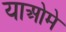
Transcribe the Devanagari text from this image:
याओमे